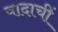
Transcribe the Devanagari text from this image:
वादाचीं